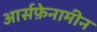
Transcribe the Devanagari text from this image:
आर्सफ़ेनामीन